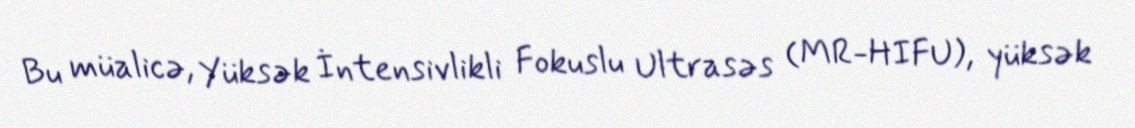
Bu müalicə, Yüksək İntensivlikli Fokuslu Ultrasəs (MR-HIFU), yüksək